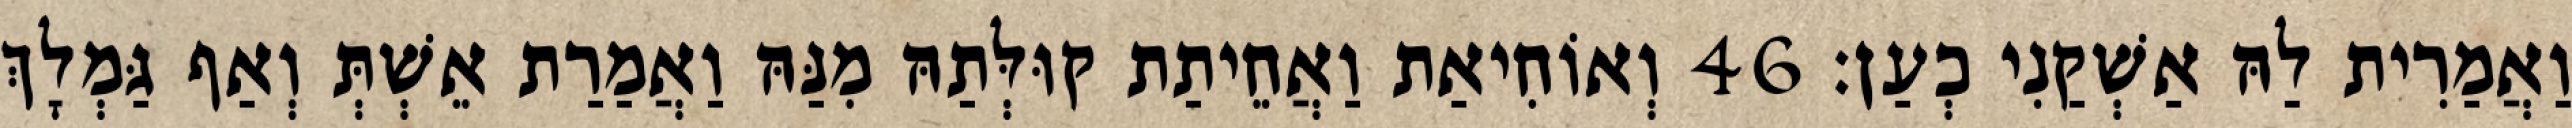
וַאֲמַרִית לַהּ אַשְׁקַנִי כְעַן׃ 46 וְאוֹחִיאַת וַאֲחֵיתַת קוּלְּתַהּ מִנַּהּ וַאֲמַרַת אֵשְׁתְּ וְאַף גַּמְלָךְ